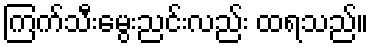
ကြက်သီးမွေးညင်းလည်း ထရသည်။